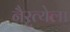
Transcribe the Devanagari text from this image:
नैरृत्येला